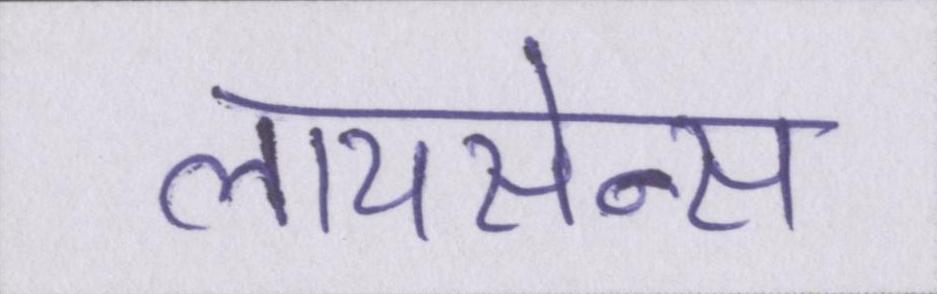
लायसेन्स